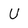
Character: U